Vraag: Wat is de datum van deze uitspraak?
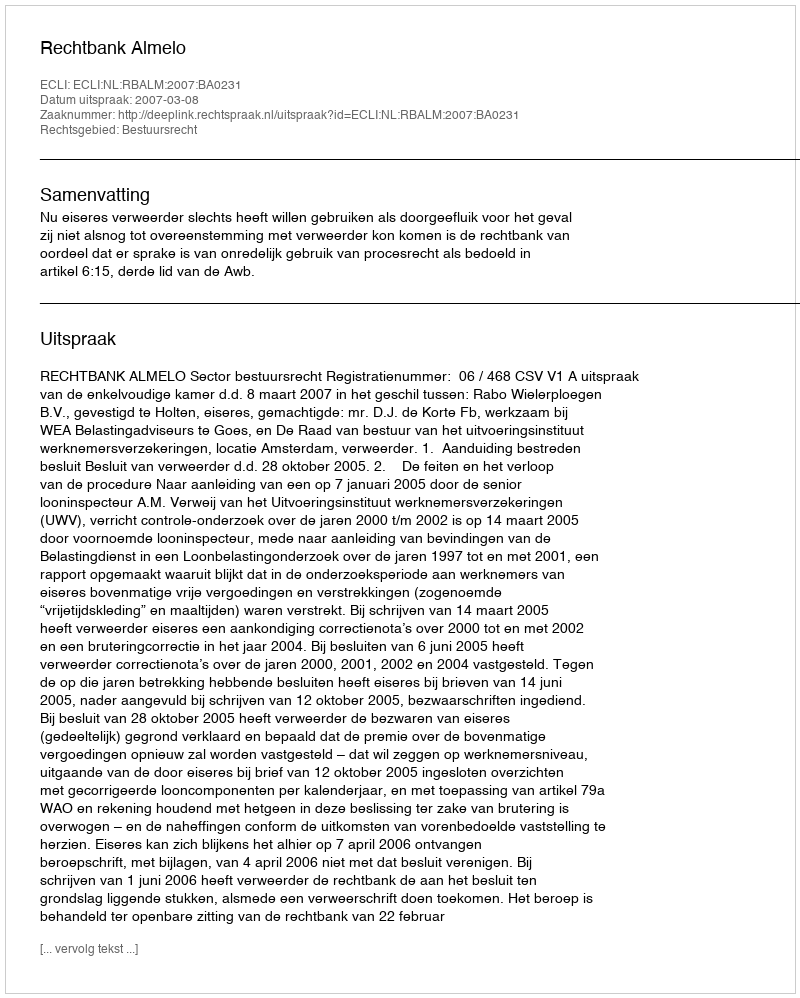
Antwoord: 2007-03-08